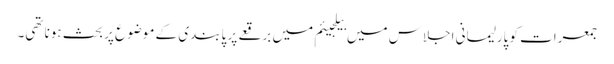
جمعرات کو پارلیمانی اجلاس میں بیلجیئم میں برقعے پر پابندی کے موضوع پر بحث ہونا تھی۔